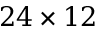
2 4 \times 1 2